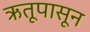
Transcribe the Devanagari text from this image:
ऋतूपासून